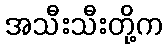
အသီးသီးတို့က